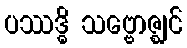
ပဿဒ္ဓိ သဗ္ဗောဇ္ဈင်